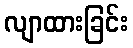
လျာထားခြင်း